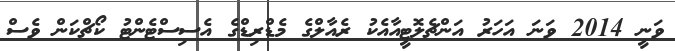
ވަނީ 2014 ވަނަ އަހަރު އަންޗެލޮޓީއާއެކު ރެއާލްގެ މެޑްރިޑްގެ އެސިސްޓެންޓު ކޯޗްކަން ވެސް